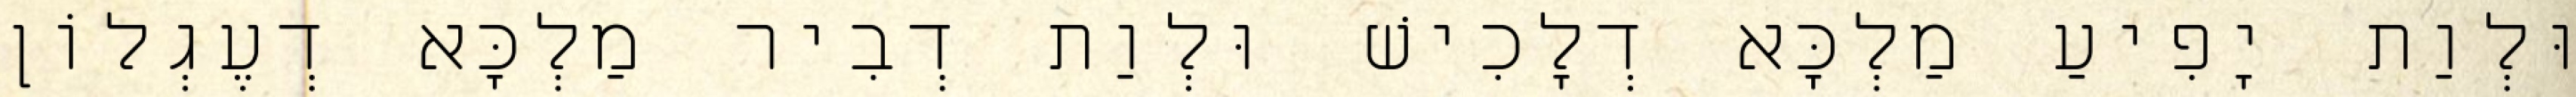
וּלְוַת יָפִיעַ מַלְכָּא דְלָכִישׁ וּלְוַת דְבִיר מַלְכָּא דְעֶגְלוֹן